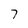
Character: 7